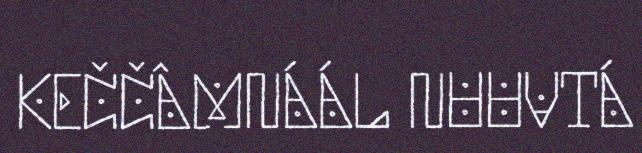
KEČČÂMNÁÁL NUUVTÁ